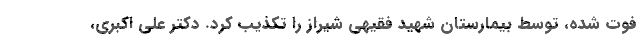
فوت شده، توسط بیمارستان شهید فقیهی شیراز را تکذیب کرد. دکتر علی اکبری،